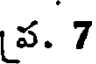
ప. 7